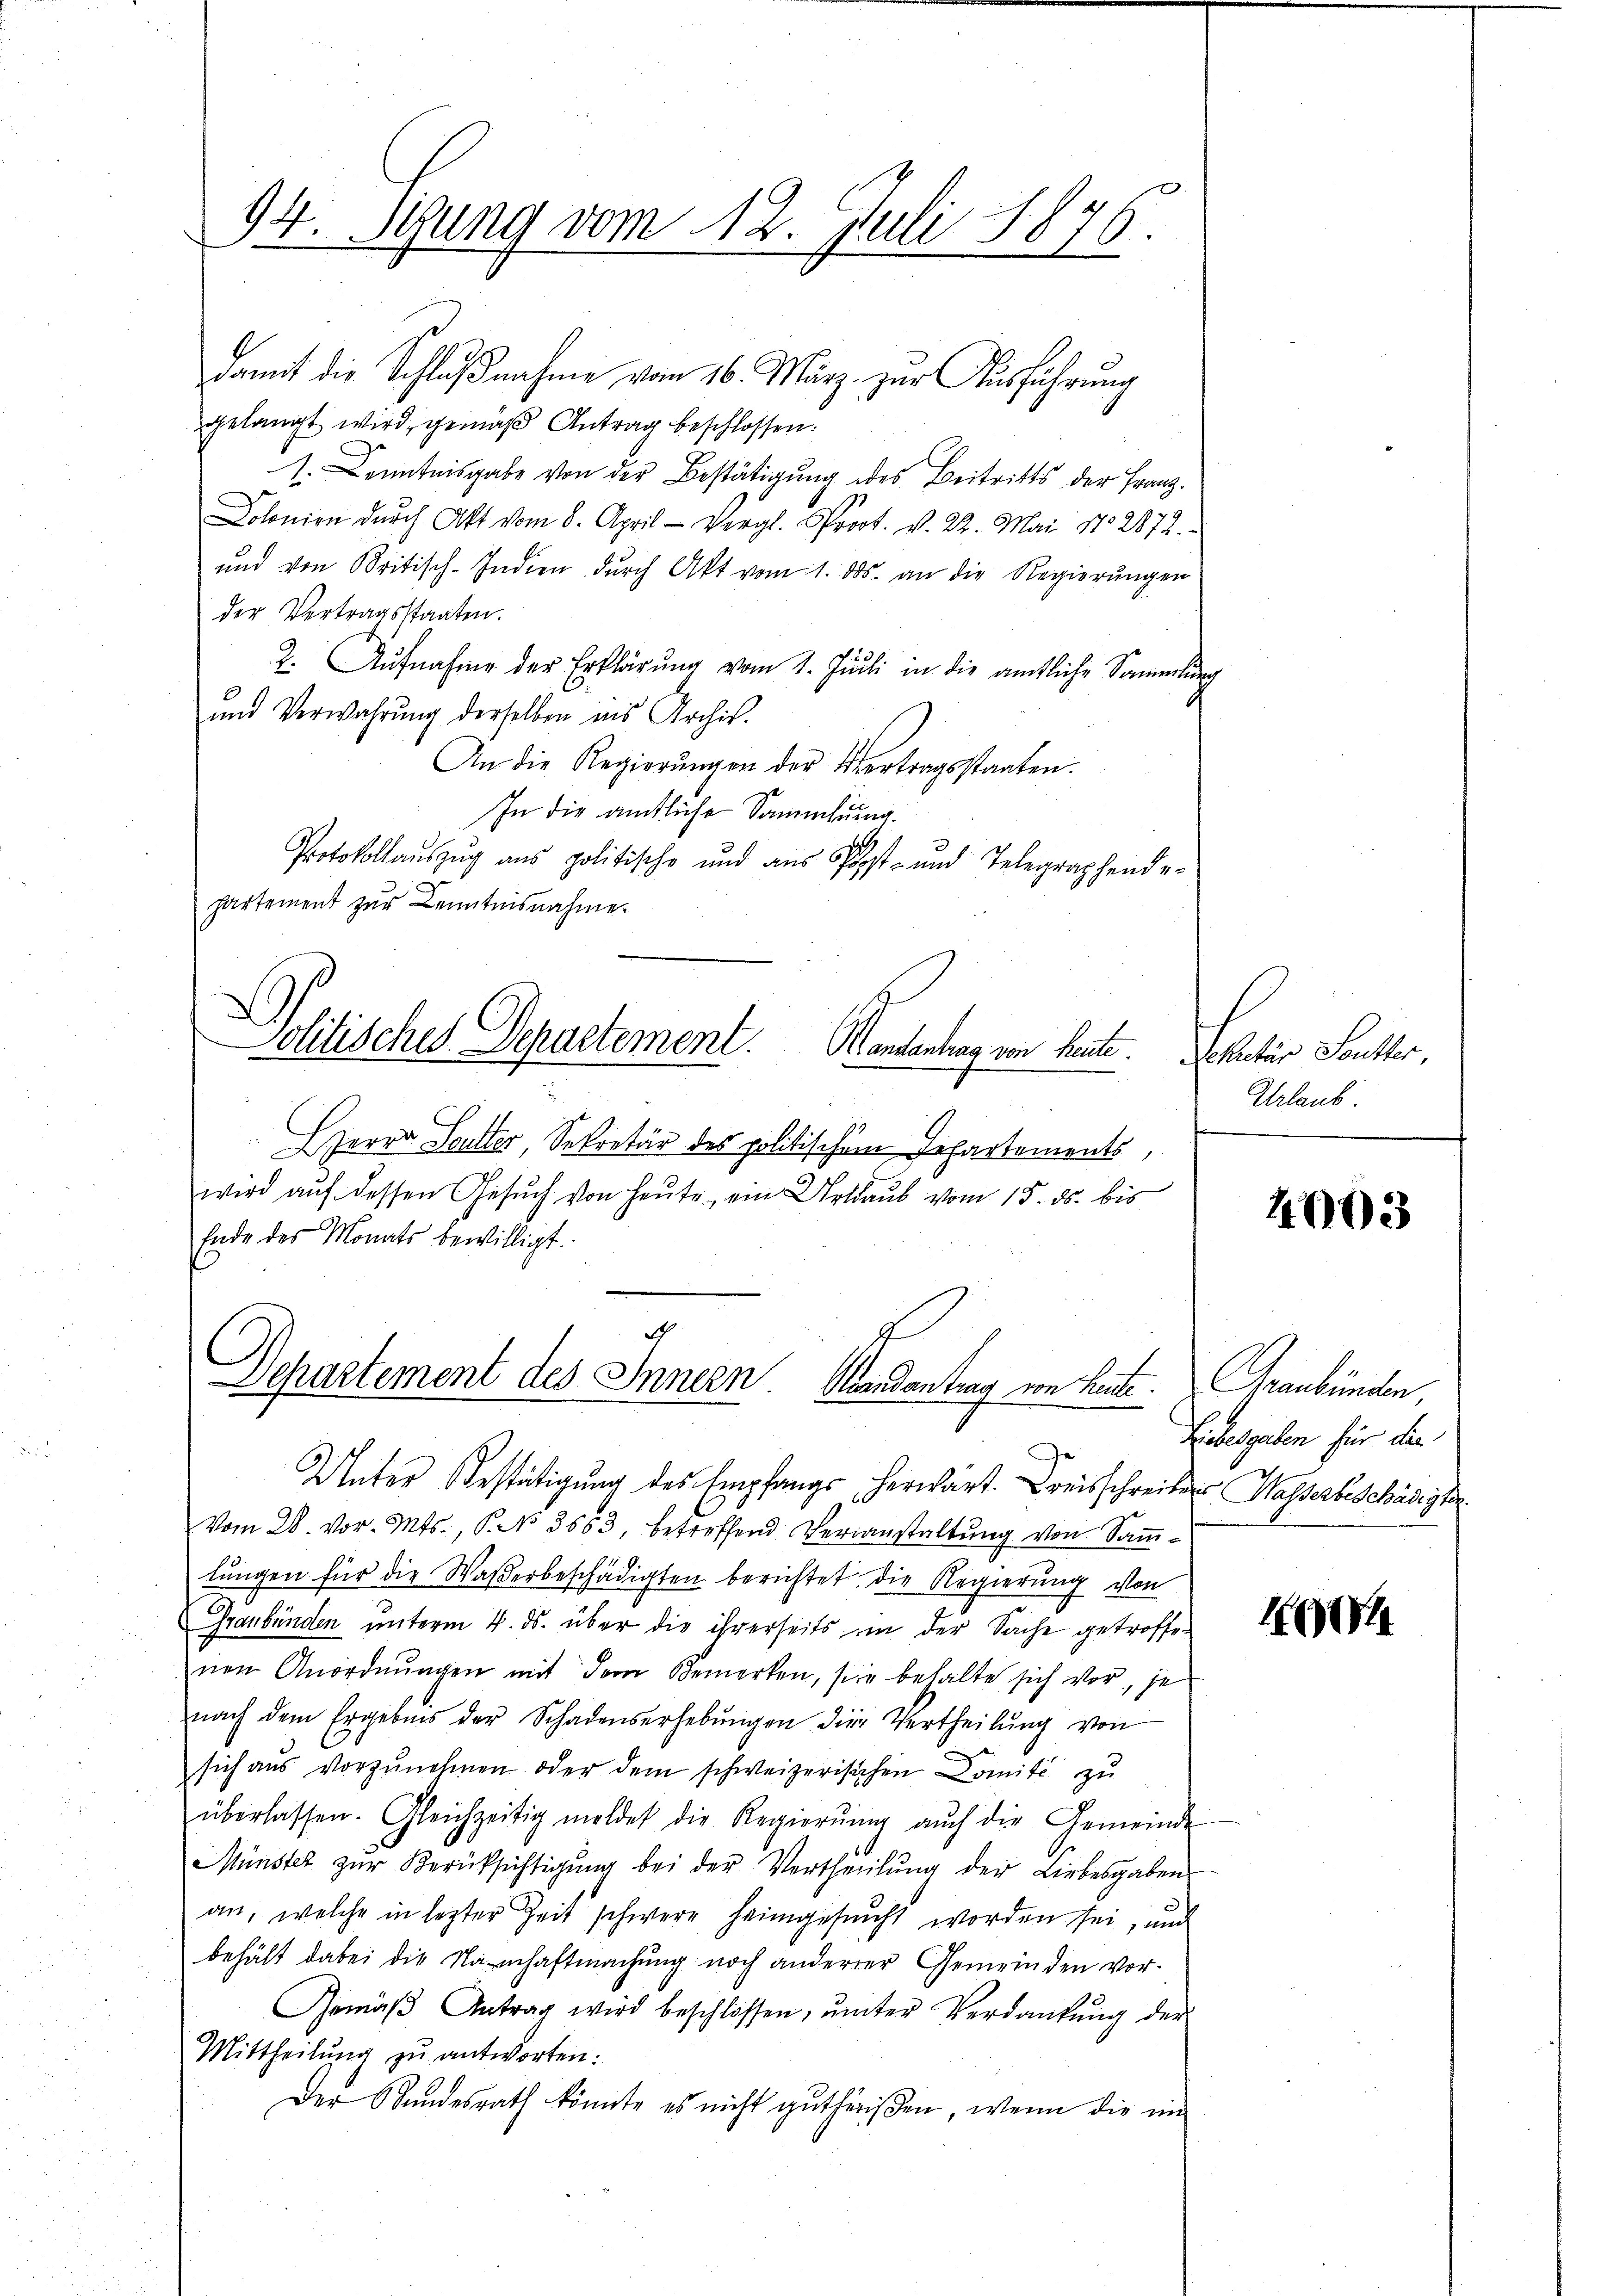
94. Sezung vom 12. Juli 1876.

damit die Schlußnahme vom 16. März zur Ausführung
gelangt wird, gemäß Antrag beschlossen.
1. Kenntnisgabe von der Bestätigung des Beitritts der Franz.
Dolonien dŭrch Akt vom 8. April - Vergl. Prot. v. 22. Mai 182872.
und von Britisch-Indien dŭrch Akt vom 1. ds. an die Regierŭngen
der Vertragsstaaten.
2. Aŭfnahme der Erklärŭng vom 1. Juli in die amtliche Sammlung
und Verwahrung derselben ins Archiv.
An die Regierŭngen der Vertragsstaaten.
In die ämtliche Sammlung.
Protokollauszug aus politische und aŭs Post- und Telegraphende-
hartement zur Kenntnisnahme
Politisches Departement. Kantentag von heute. Patier Santter.
HHerrn Sutter, Sekretär des politischem Departements,
wird aŭf dessen Gesŭch von heute, ein Urlaub vom 15. ds. bis
Ende des Monats bewilligt.

Unter Bestätigung des Empfangs herwärt. Kreisschreiben Masserbeschädigt.
Vom 28. vor. Mts., P. No 3583, betreffend Veranstaltŭng von Saṁ-
lŭngen für die Waßerbeschädigten berichtet die Regierung von
Graubünden unterm 4. ds. über die ihrerseits in der Sache getroffenen Anordnŭngen mit der Bemerken, sie behalte sich vor, je
nach dem Ergebnis der Schadenserhebŭngen die Vertheilŭng von
sich aŭs vorzŭnehmen oder dem schweizerischen Domité zŭ
überlassen. Gleichzeitig meldet die Regierŭng aŭch die Gemeinde
Münster zŭr Berücksichtigŭng bei der Vertheilŭng der Liebesgaben
an, welche in lezter Zeit schwere heimgesucht worden sei, und
behält dabei die Namenhaftmachung noch anderrer Gemeinden vor-
Gemäβ Antrag wird beschlossen, ŭnter Verdankŭng der
Mittheilŭng zu antworten:
Der Stundesrath könnte es nicht gutheißen, wenn die im

Departement des Innern. Randantrag von Leute. Graubünden

Urlaub

4003

Liebesgaben für die

100